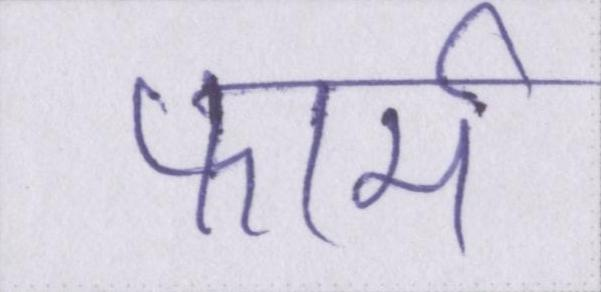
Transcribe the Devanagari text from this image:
फार्म